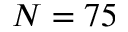
N = 7 5